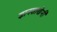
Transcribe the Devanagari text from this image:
ज्ञानशाखेनी